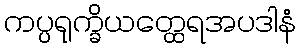
ကပ္ပရုက္ခိယတ္ထေရအပဒါနံ